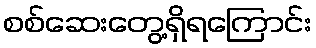
စစ်ဆေးတွေ့ရှိရကြောင်း